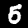
Digit: 5